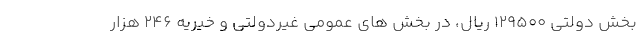
بخش دولتی ۱۲۹۵۰۰ ریال، در بخش های عمومی غیردولتی و خیریه ۲۴۶ هزار